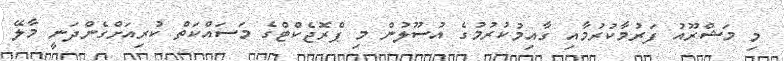
މި މަޝްރޫއު ފަރުމާކުރުމާއި ގާއިމުކުރުމުގެ އުސޫލުން މި ޕްރޮޖެކްޓްގެ މަސައްކަތް ކުރިއަށްގެންދަނީ މާލޭ